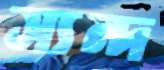
স্যন্দ